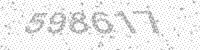
Solution: 598617